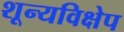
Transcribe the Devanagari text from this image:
शून्यविक्षेप